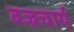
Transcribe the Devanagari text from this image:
बज्रचार्य